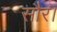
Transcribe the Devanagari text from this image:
सौर।